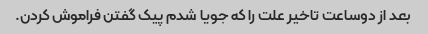
بعد از دوساعت تاخیر علت را که جویا شدم پیک گفتن فراموش کردن.